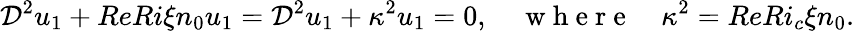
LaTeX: \mathcal{D}^{2}u_{1}+{ReRi\xi n_{0}}u_{1}=\mathcal{D}^{2}u_{1}+\kappa^{2}u_{1}=0,\quad\mathrm{~w~h~e~r~e~}\quad\kappa^{2}={ReRi_{c}\xi n_{0}}.